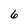
Character: 6